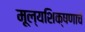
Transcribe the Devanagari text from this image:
मूल्यशिक्षणाचे